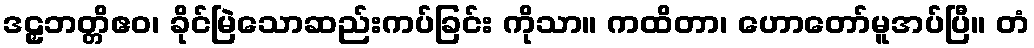
ဒဠှဘတ္တိဧဝ၊ ခိုင်မြဲသောဆည်းကပ်ခြင်း ကိုသာ။ ကထိတာ၊ ဟောတော်မူအပ်ပြီ။ တံ